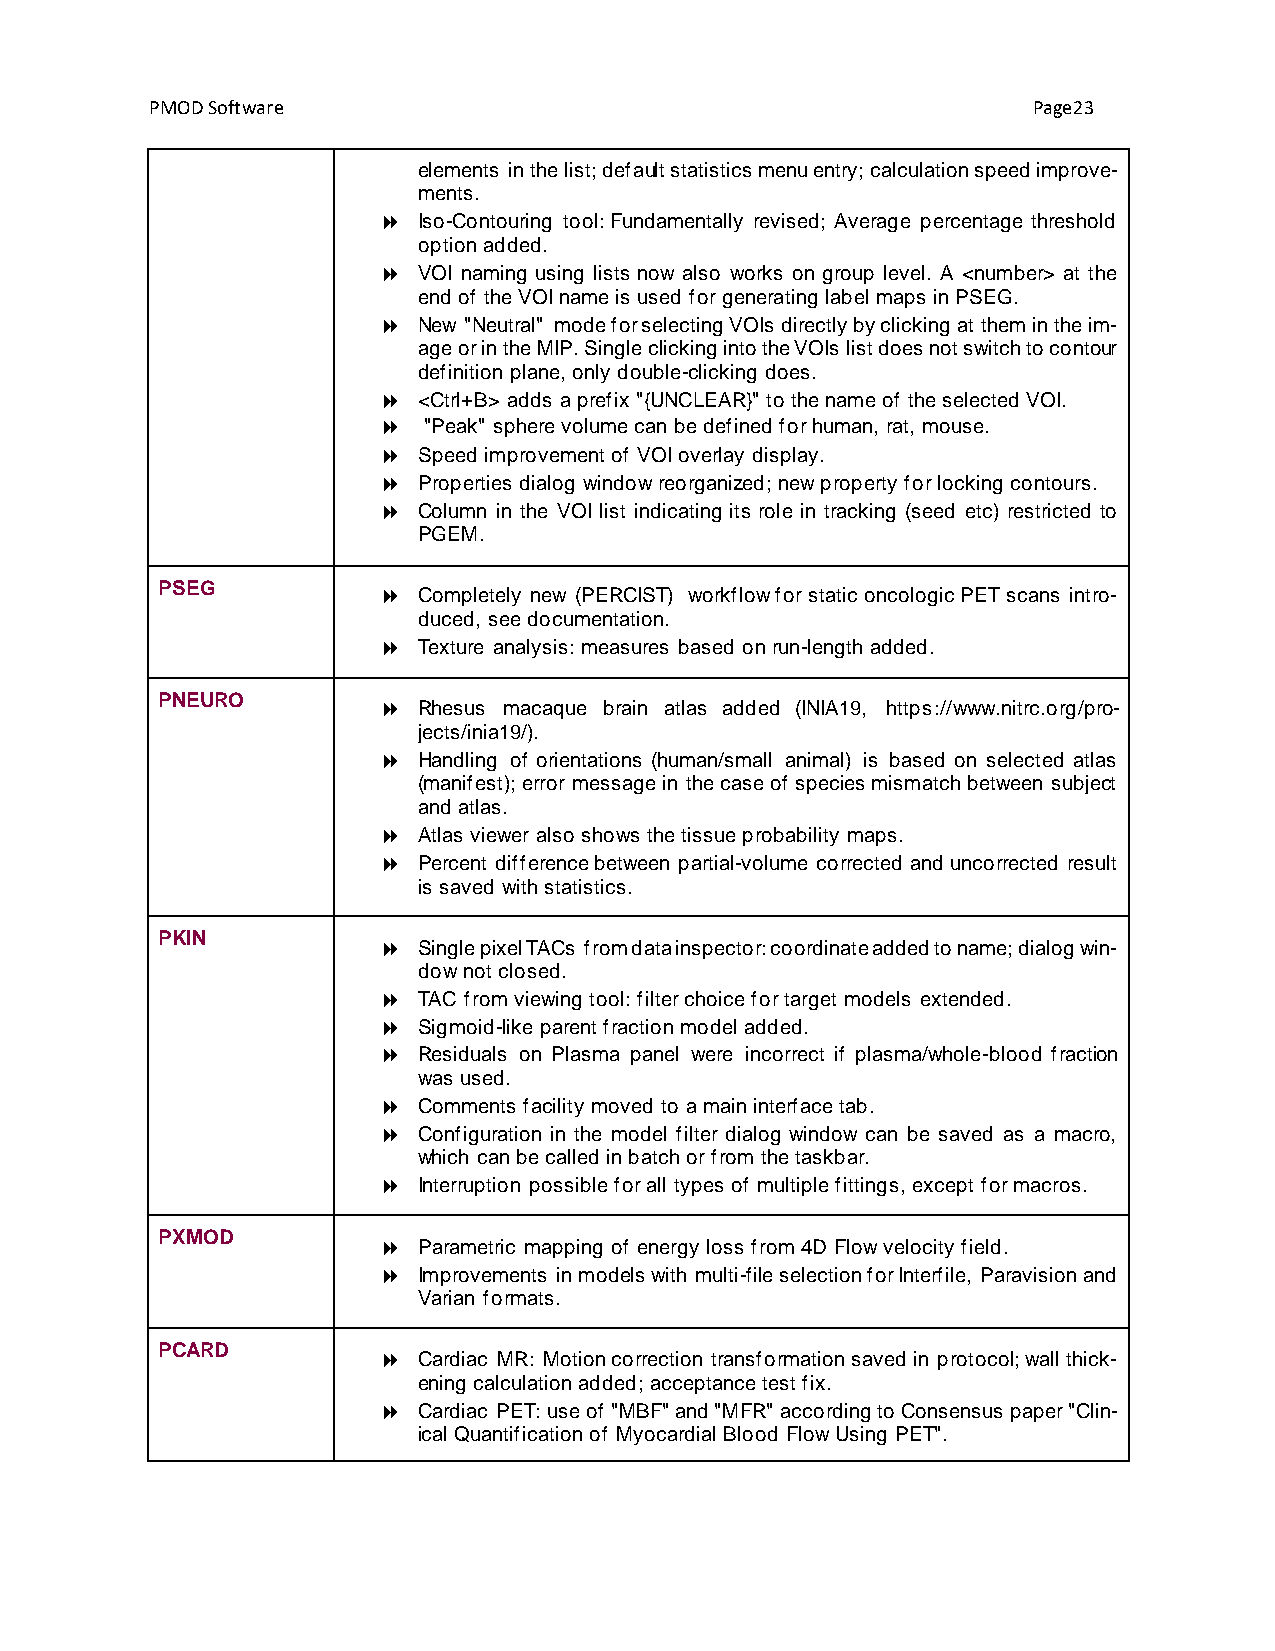
PMOD Software                                             Page23
 elements in the list; default statistics menu entry; calculation speed improve-
 ments.
   Iso-Contouring tool: Fundamentally revised; Average percentage threshold
 option added.
   VOI naming using lists now also works on group level. A <number> at the
 end of the VOI name is used for generating label maps in PSEG.
   New "Neutral" mode for selecting VOIs directly by clicking at them in the im-
 age or in the MIP. Single clicking into the VOIs list does not switch to contour
 definition plane, only double-clicking does.
   <Ctrl+B> adds a prefix "{UNCLEAR}" to the name of the selected VOI.
   "Peak" sphere volume can be defined for human, rat, mouse.
   Speed improvement of VOI overlay display.
   Properties dialog window reorganized; new property for locking contours.
   Column in the VOI list indicating its role in tracking (seed etc) restricted to
 PGEM.
 PSEG
   Completely new (PERCIST) workflow for static oncologic PET scans intro-
 duced, see documentation.
   Texture analysis: measures based on run-length added.
 PNEURO
   Rhesus macaque brain atlas added (INIA19, https://www.nitrc.org/pro-
 jects/inia19/).
   Handling of orientations (human/small animal) is based on selected atlas
 (manifest); error message in the case of species mismatch between subject
 and atlas.
   Atlas viewer also shows the tissue probability maps.
   Percent difference between partial-volume corrected and uncorrected result
 is saved with statistics.
 PKIN
   Single pixel TACs from data inspector: coordinate added to name; dialog win-
 dow not closed.
   TAC from viewing tool: filter choice for target models extended.
   Sigmoid-like parent fraction model added.
   Residuals on Plasma panel were incorrect if plasma/whole-blood fraction
 was used.
   Comments facility moved to a main interface tab.
   Configuration in the model filter dialog window can be saved as a macro,
 which can be called in batch or from the taskbar.
   Interruption possible for all types of multiple fittings, except for macros.
 PXMOD
   Parametric mapping of energy loss from 4D Flow velocity field.
   Improvements in models with multi-file selection for Interfile, Paravision and
 Varian formats.
 PCARD
   Cardiac MR: Motion correction transformation saved in protocol; wall thick-
 ening calculation added; acceptance test fix.
   Cardiac PET: use of "MBF" and "MFR" according to Consensus paper "Clin-
 ical Quantification of Myocardial Blood Flow Using PET".